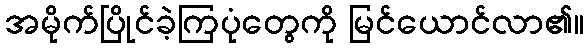
အမိုက်ပြိုင်ခဲ့ကြပုံတွေကို မြင်ယောင်လာ၏။